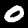
Digit: 0